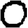
Digit: 0